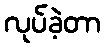
လုပ်ခဲ့တာ